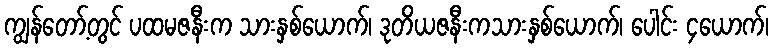
ကျွန်တော့်တွင် ပထမဇနီးက သားနှစ်ယောက်၊ ဒုတိယဇနီးကသားနှစ်ယောက်၊ ပေါင်း ၄ယောက်၊